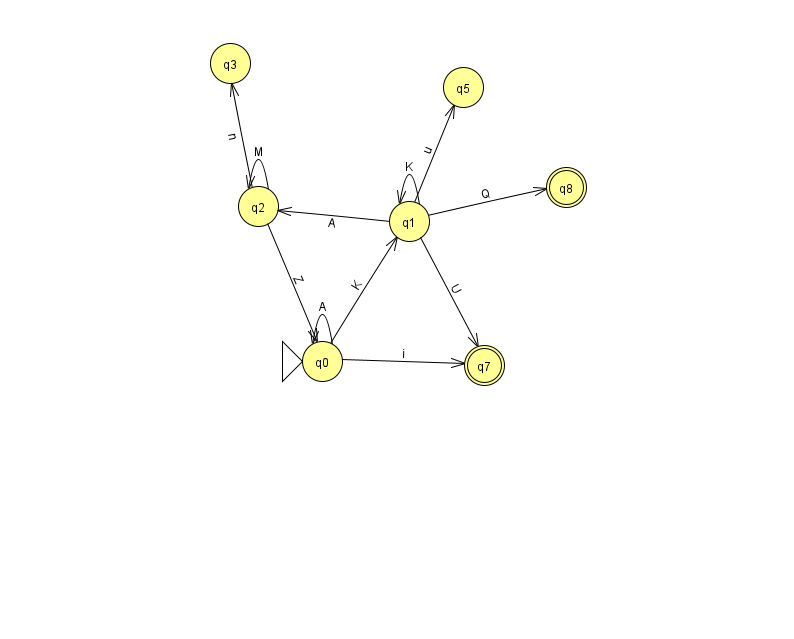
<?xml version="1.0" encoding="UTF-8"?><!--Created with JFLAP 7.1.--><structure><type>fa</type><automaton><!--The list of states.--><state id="0" name="q0"><x>322.0</x><y>348.0</y><initial/></state><state id="1" name="q1"><x>409.0</x><y>208.0</y></state><state id="2" name="q2"><x>258.0</x><y>193.0</y></state><state id="3" name="q3"><x>230.0</x><y>50.0</y></state><state id="5" name="q5"><x>463.0</x><y>74.0</y></state><state id="7" name="q7"><x>484.0</x><y>352.0</y><final/></state><state id="8" name="q8"><x>566.0</x><y>174.0</y><final/></state><!--The list of transitions.--><transition><from>0</from><to>0</to><read>A</read></transition><transition><from>2</from><to>0</to><read>Z</read></transition><transition><from>0</from><to>7</to><read>i</read></transition><transition><from>0</from><to>1</to><read>K</read></transition><transition><from>1</from><to>5</to><read>u</read></transition><transition><from>1</from><to>1</to><read>K</read></transition><transition><from>1</from><to>7</to><read>U</read></transition><transition><from>2</from><to>3</to><read>n</read></transition><transition><from>1</from><to>8</to><read>Q</read></transition><transition><from>2</from><to>2</to><read>M</read></transition><transition><from>1</from><to>2</to><read>A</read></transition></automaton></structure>